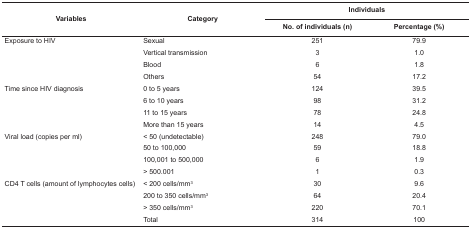
| <ROWSPAN=2> Variables | <ROWSPAN=2> Category | <COLSPAN=2> Individuals |
 | No. of individuals (n) | Percentage (%) |
 | --- | --- | --- | --- |
 | <ROWSPAN=4> Exposure to HIV | Sexual | 251 | 79.9 |
 | Vertical transmission | 3 | 1.0 |
 | Blood | 6 | 1.8 |
 | Others | 54 | 17.2 |
 | <ROWSPAN=4> Time since HIV diagnosis | 0 to 5 years | 124 | 39.5 |
 | 6 to 10 years | 98 | 31.2 |
 | 11 to 15 years | 78 | 24.8 |
 | More than 15 years | 14 | 4.5 |
 | <ROWSPAN=4> Viral load (copies per ml) | < 50 (undetectable) | 248 | 79.0 |
 | 50 to 100,000 | 59 | 18.8 |
 | 100,001 to 500,000 | 6 | 1.9 |
 | > 500.001 | 1 | 0.3 |
 | <ROWSPAN=4> CD4 T cells (amount of lymphocytes cells) | < 200 cells/mm3 | 30 | 9.6 |
 | 200 to 350 cells/mm3 | 64 | 20.4 |
 | > 350 cells/mm3 | 220 | 70.1 |
 | Total | 314 | 100 |